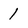
Character: 1